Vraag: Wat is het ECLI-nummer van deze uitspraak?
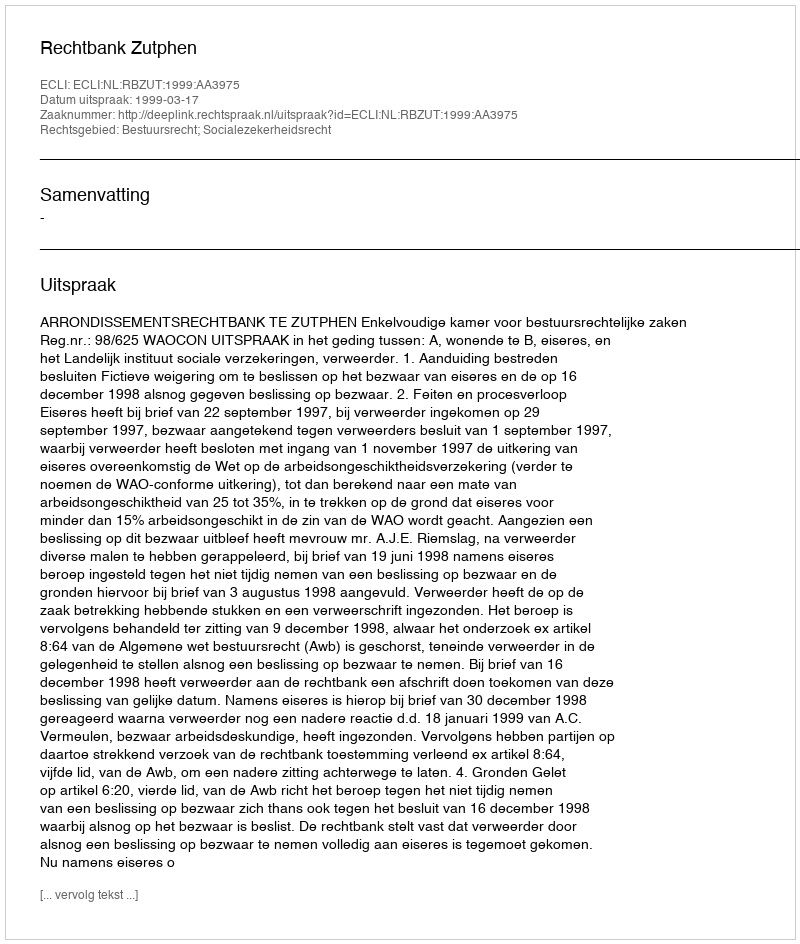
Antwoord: ECLI:NL:RBZUT:1999:AA3975